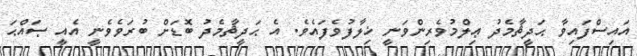
އައިސްފައިވާ ޙަދީޘާމެދު ޢިލްމުވެރިންވަނީ ޚިލާފުވެފައެވެ. އެ ޙަދީޘާމެދު ބޮޑަށް ބުރަވެވެނީ އެއީ ޞައްޙަ